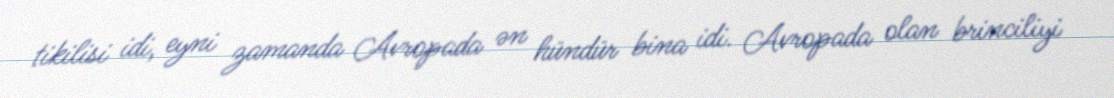
tikilisi idi, eyni zamanda Avropada ən hündür bina idi. Avropada olan brinciliyi